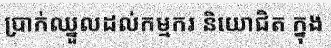
ប្រាក់ឈ្នួលដល់កម្មករ និយោជិត ក្នុង